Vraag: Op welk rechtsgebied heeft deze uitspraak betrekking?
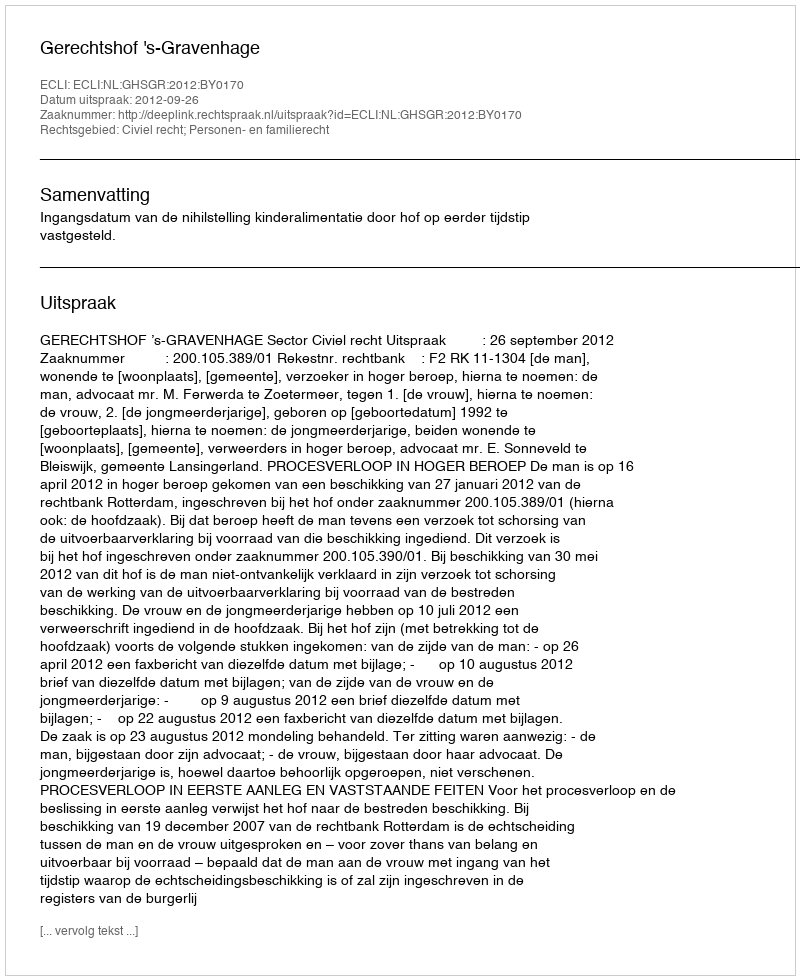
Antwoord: Civiel recht; Personen- en familierecht